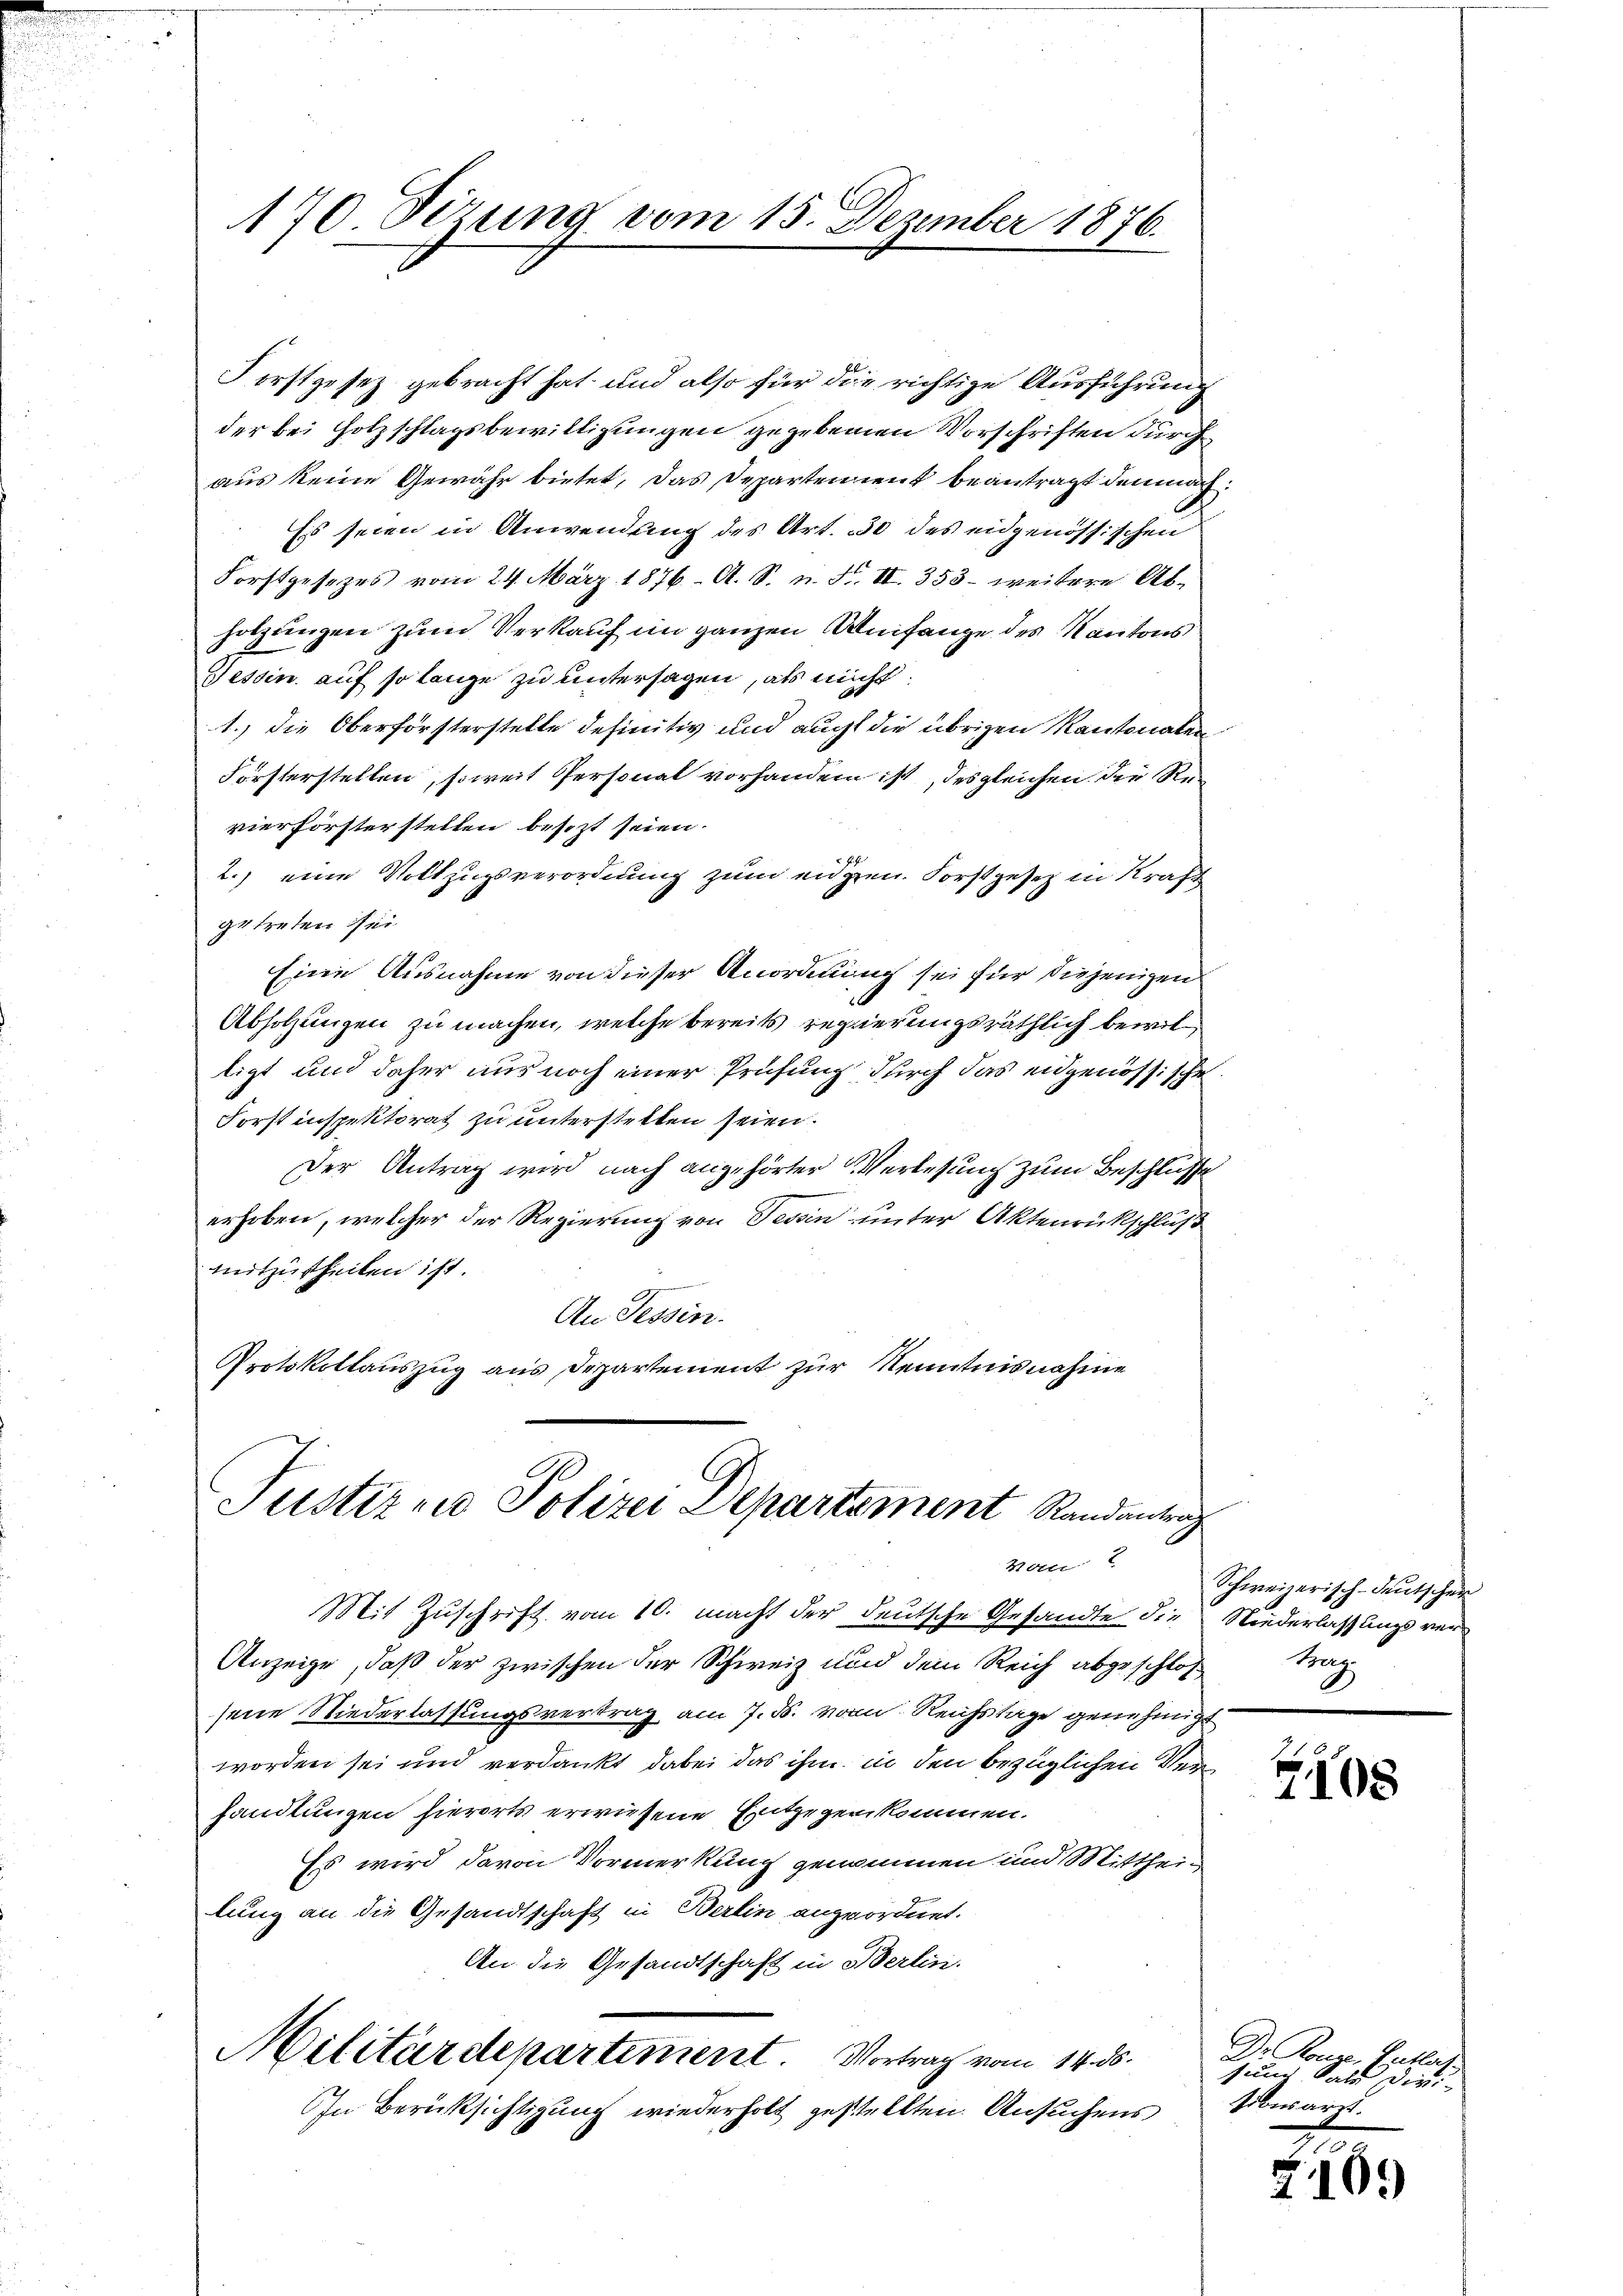
170. Sizung vom 15. Dezember 1876.

Forstgesez gebracht hat und also für die richtige Ausführung
der bei Holzschlagsbewilligungen gegebenen Vorschriften durch
aus keine Gewähr bietet, das Departement beantragt demnach
Es seien in Anwendung des Art. 30 des eidgenössischen
Forstgesetzes vom 24. März 1876. A. S. n. F. II. 353- weitere Abholzungen zum Verkauf im ganzen Anfange des Kantons
Tessin auf so lange zu untersagen, als nicht
1.) Die Oberförsterstelle definitiv und auch die übrigen Kantonalen
Försterstellen, soweit Personal vorhandern ist, des gleichen der Revierförsterstellen besezt seien.
2.) eine Vollzugsverordnung zum eidgen. Forstgesetz in Straf
getreten sei
Eine Ausnahme von dieser Anordnung sei für diejenigen
Abholzungen zu machen, welche bereits regierungsräthlich bewilligt und daher nur noch einer Prüfung durch das eidgenössische
Forst inspektorat zu unterstellen seien.
Der Antrag wird nach angehörter Verlesung zum Beschlüsse
erhoben, welcher der Regierung von Tessin unter Aktenrückschluß
mitzutheilen ist.
An Tessin.
Protokollauszug aus Departement zur Kenntnisnahme

Justiz und Polizei Departement Randantrag
Mani

Mit Zuschrift vom 10. macht der deutsche Gesandte die
Anzeige, daß der zwischen der Schweiz und dem Reich abgeschlossene Niederlassungsvertrag am 7. d. vom Reichstage genehmigt
worden sei und verdankt dabei das ihm in den bezüglichen Verhandlungen hierorts erwiesene Exitgegenkommen.
Es wird davon Vormerkung genommen und Mitthei-
lung an die Gesandtschaft in Berlin angeordnet.
An die Gesandtschaft in Berlin.
Militärdepartement. Vortrag vom 14. ds.
In Berücksichtigung wiederholt gestellten Ansuchens

.

Schweizerisch-deutscher
Niederlassungs ver¬
Mag

Z108

Dr. Rouse, Gutlas
sung Sale diri
sibusarzt.

105)